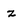
Character: z